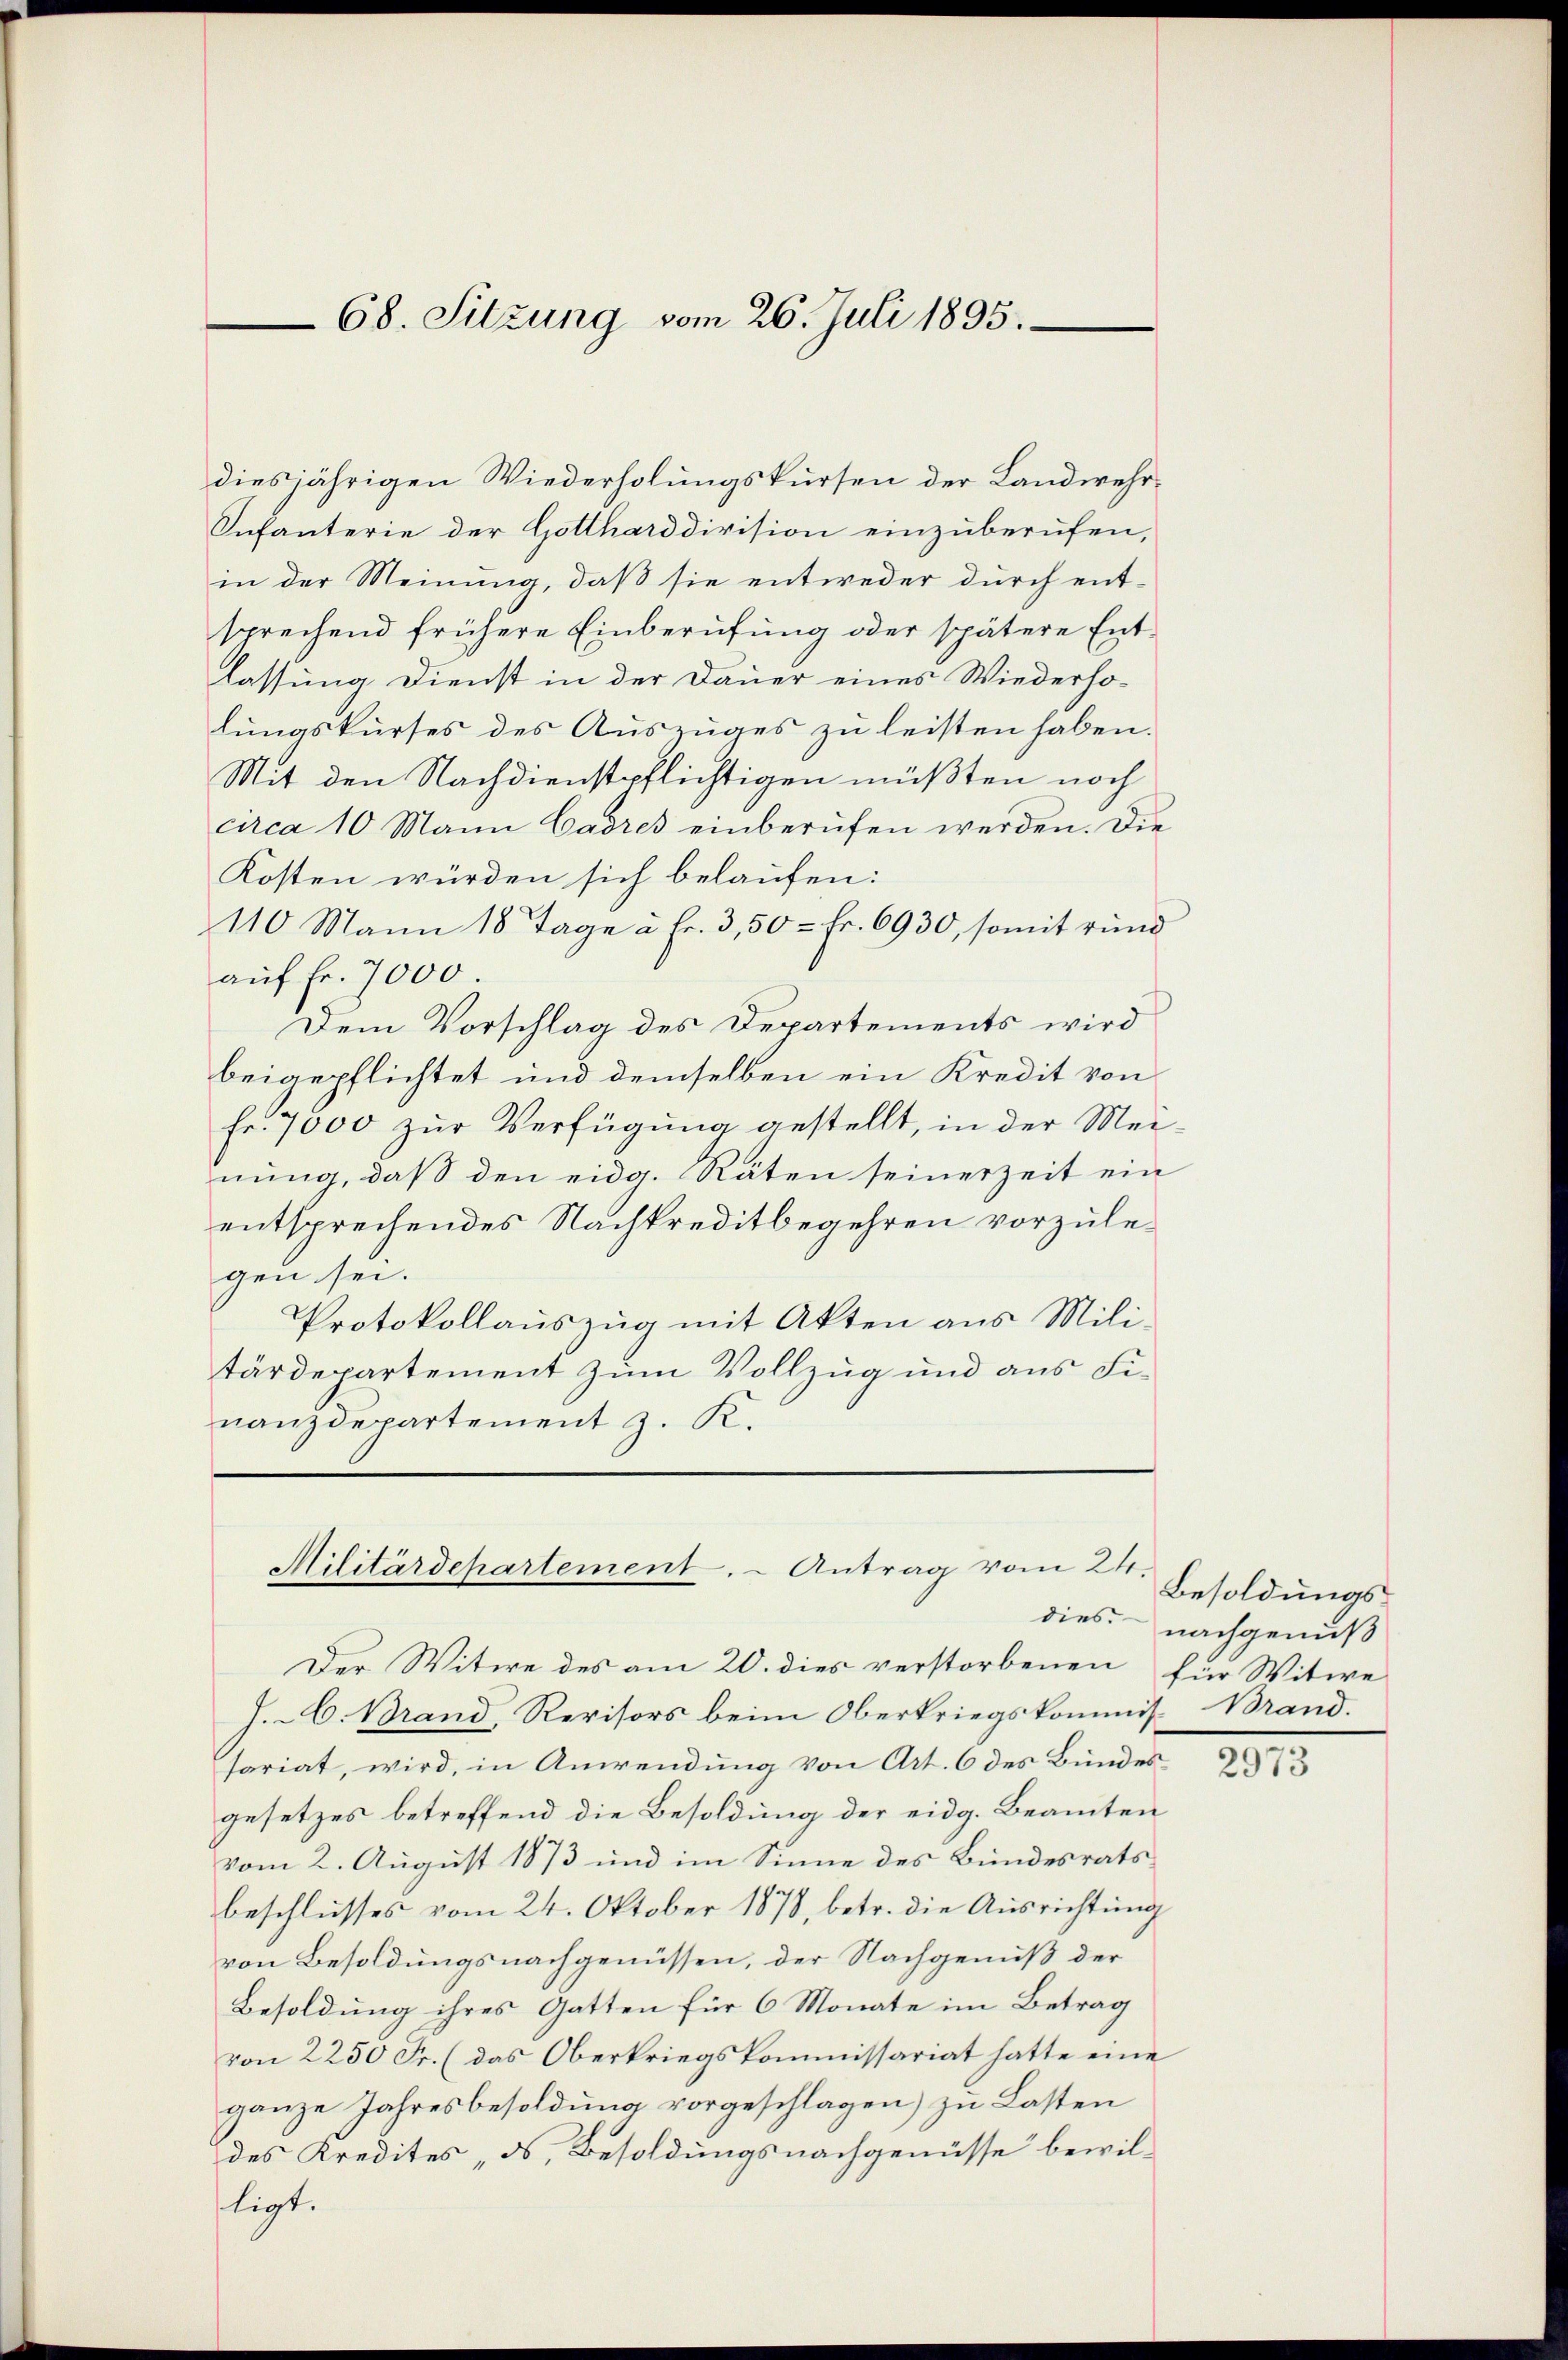
diesjährigen Wiederholungskursen der Landwehr¬
Infanterie der Gottharddivision einzuberufen,
in der Meinung, daß sie entweder durch ent-
sprechend frühere Einberufung oder spätere Entlassung Dienst in der Dauer eines Wiederholungskurses des Auszuges zu leisten haben.
Mit den Nachdienstpflichtigen müßten noch
circa 10 Mann Cadres einberufen werden. Die
Kosten würden sich belaufen:
110 Mann 18 Tage à Fr. 3,50 = Fr. 6930, somit rund
auf Fr. 7000.
Dem Vorschlag des Departements wird
beigepflichtet und demselben ein Kredit von
fr. 7000 zŭr Verfügung gestellt, in der Mei-
nung, daß den eidg. Räten seinerzeit ein
entsprechendes Nachkreditbegehren vorzulegen sei.
Protokollauszug mit Akten aus Mili-
tärdepartement zum Vollzug und aus Finanzdepartement z. K.

68. Sitzung vom 26. Juli 1895.

Militärdepartement. - Antrag vom 24.
dies

Der Witwe des am 20. dies verstorbenen für Witwe
J. A. Brand, Revisors beim Oberkriegskommis-Brand.
sariat, wird, in Anwendung von Art. 6 des Bundesgesetzes betreffend die Besoldung der eidg. Beamten
vom 2. August 1873 und im Sinne des Bundesratsbeschlusses vom 24. Oktober 1878, betr. die Ausrichtung
von Besoldungsnachgenüssen, der Nachgenuß der
Besoldung ihres Gatten für 6 Monate im Betrag
von 2250 Fr. (das Oberkriegskommissariat hatte eine
ganze Jahresbesoldung vorgeschlagen) zu Lasten
des Kredites, d. Besoldungsnachgenüsse bewil-
ligt.

Besoldungsnachgenuß

2973